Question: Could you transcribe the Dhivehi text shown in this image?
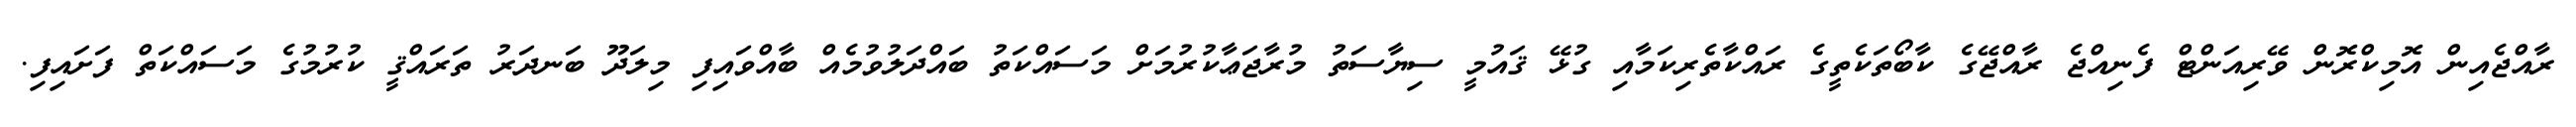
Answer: ރާއްޖެއިން އޮމިކްރޮން ވޭރިއަންޓް ފެނިއްޖެ ރާއްޖޭގެ ކާބޯތަކެތީގެ ރައްކާތެރިކަމާއި ގުޅޭ ޤައުމީ ސިޔާސަތު މުރާޖަޢާކުރުމަށް މަސައްކަތު ބައްދަލުވުމެއް ބާއްވައިފި މިލަދޫ ބަނދަރު ތަރައްޤީ ކުރުމުގެ މަސައްކަތް ފަށައިފި.